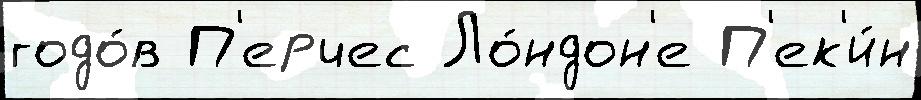
годо́в П'ерчес Ло́ндон'е П'ек'и́н